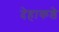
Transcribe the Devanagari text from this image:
देहाकडे